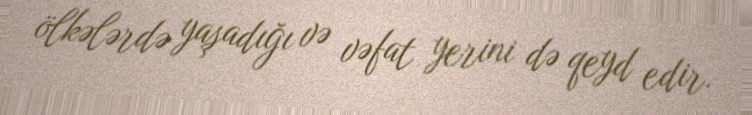
ölkələrdə yaşadığı və vəfat yerini də qeyd edir.